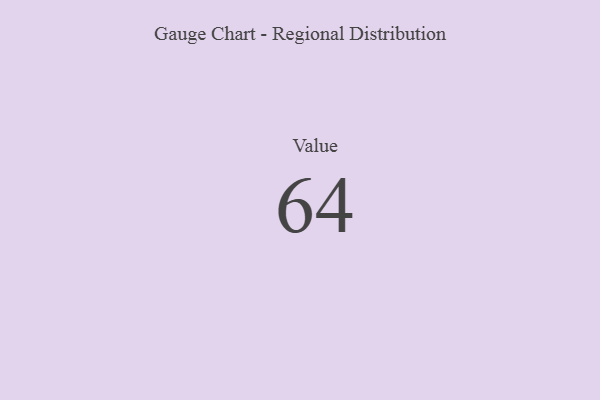
{"axis": {"x": "Metric", "y": "Value"}, "legend": [""], "data": [{"x": "Value", "y": 64, "type": ""}]}